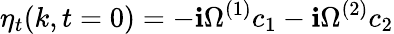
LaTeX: \eta_{t}(k,t=0)=-\mathbf{i}\Omega^{(1)}c_{1}-\mathbf{i}\Omega^{(2)}c_{2}